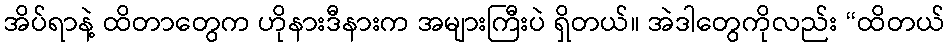
အိပ်ရာနဲ့ ထိတာတွေက ဟိုနားဒီနားက အများကြီးပဲ ရှိတယ်။ အဲဒါတွေကိုလည်း “ထိတယ်